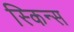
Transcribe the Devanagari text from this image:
स्किन्स